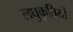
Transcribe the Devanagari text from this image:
लघुकृतियों